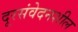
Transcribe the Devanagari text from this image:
दूरसंवेदनशील